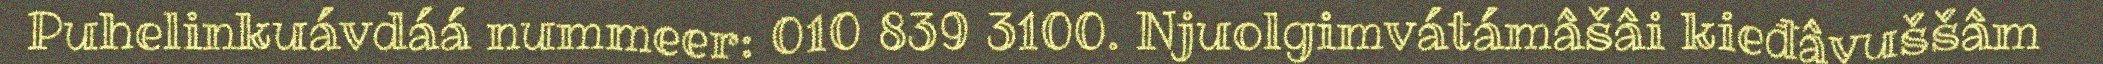
Puhelinkuávdáá nummeer: 010 839 3100. Njuolgimvátámâšâi kieđâvuššâm